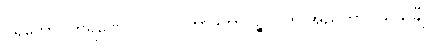
ပရိဘောဂကရဏေ ဝလိပလိတာဒိဘာဝဉ္စ ဂိဟိ အညဘာဂိယသင်္ချံ